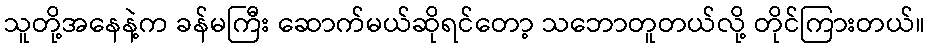
သူတို့အနေနဲ့က ခန်မကြီး ဆောက်မယ်ဆိုရင်တော့ သဘောတူတယ်လို့ တိုင်ကြားတယ်။